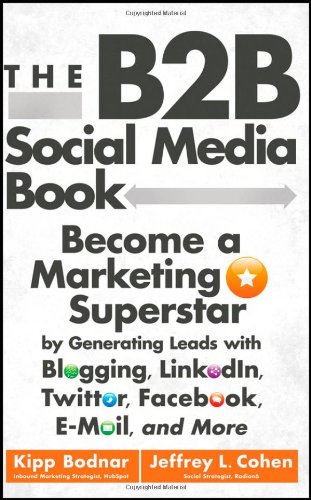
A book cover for The B2B Social Media Book: Become a Marketing Superstar by Generating Leads with Blogging, LinkedIn, Twitter, Facebook, Email, and More; Kipp Bodnar; Computers & Technology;